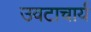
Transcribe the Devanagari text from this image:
उवटाचार्य